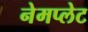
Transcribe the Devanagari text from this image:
नेमप्‍लेट